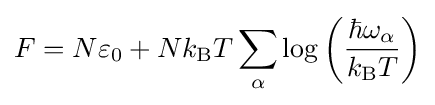
F=N\varepsilon _{0}+Nk_{\rm {B}}T\sum _{\alpha }\log \left({\frac {\hbar \omega _{\alpha }}{k_{\rm {B}}T}}\right)